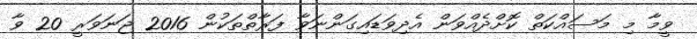
ވީމާ މި މަސައްކަތް ކޮށްދެއްވަން އެދިވަޑައިގަންނަވާ ފަރާތްތަކުން 2016 ޖަނަވަރީ 20 ވާ